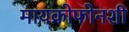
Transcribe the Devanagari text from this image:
मायक्रोफोनशी